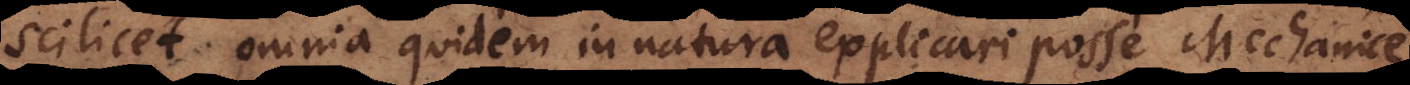
scilicet omnia quidem in natura explicari posse Mechanice,